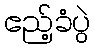
ဧည့်ခံပွဲ